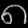
Digit: ၈